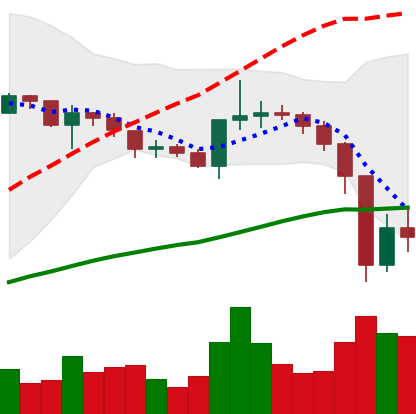
Ticker: XRP-USD
Chart end date: 2020-12-25
Forward return: -33.407%
Label: down_7plus